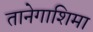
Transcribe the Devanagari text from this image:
तानेगाशिमा